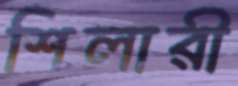
শিলারী